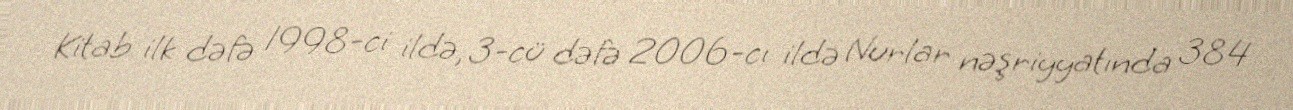
Kitab ilk dəfə 1998-ci ildə, 3-cü dəfə 2006-cı ildə Nurlar nəşriyyatında 384